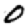
Digit: 0